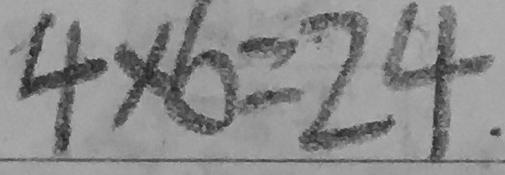
4 \times 6 = 2 4 .